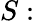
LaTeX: S: